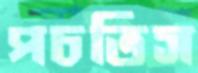
পচতিস